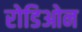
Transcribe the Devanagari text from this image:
रोडिओन